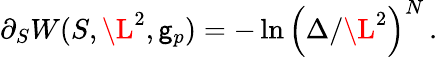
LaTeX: \partial_{S}W(S,\L^{2},\mathsf{g}_{p})=-\ln\left(\Delta/\L^{2}\right)^{N}\, .